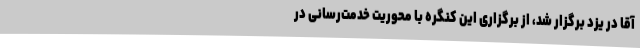
آقا در یزد برگزار شد، از برگزاری این کنگره با محوریت خدمت‌رسانی در